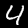
Digit: 4